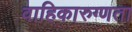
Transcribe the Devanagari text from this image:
वाहिकारुग्णता